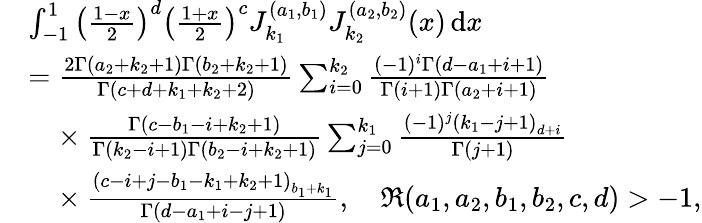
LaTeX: \begin{array}{rl}&{\int_{-1}^{1}\left(\frac{1-x}{2}\right)^{d}\left(\frac{1+x}{2}\right)^{c}J_{k_{1}}^{(a_{1},b_{1})}J_{k_{2}}^{(a_{2},b_{2})}(x)\, \mathrm{d}x}\\ &{=\frac{2\Gamma\left(a_{2}+k_{2}+1\right)\Gamma\left(b_{2}+k_{2}+1\right)}{\Gamma\left(c+d+k_{1}+k_{2}+2\right)}\sum_{i=0}^{k_{2}}\frac{(-1)^{i}\Gamma\left(d-a_{1}+i+1\right)}{\Gamma(i+1)\Gamma\left(a_{2}+i+1\right)}}\\ &{~~~\! ~\times\frac{\Gamma\left(c-b_{1}-i+k_{2}+1\right)}{\Gamma\left(k_{2}-i+1\right)\Gamma\left(b_{2}-i+k_{2}+1\right)}\sum_{j=0}^{k_{1}}\frac{(-1)^{j}\left(k_{1}-j+1\right)_{d+i}}{\Gamma(j+1)}}\\ &{~~~\! ~\times\frac{\left(c-i+j-b_{1}-k_{1}+k_{2}+1\right)_{b_{1}+k_{1}}}{\Gamma\left(d-a_{1}+i-j+1\right)},\quad\Re(a_{1},a_{2},b_{1},b_{2},c,d)>-1,}\end{array}